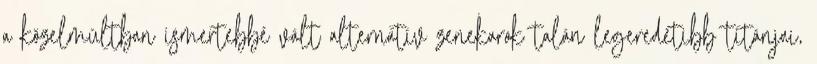
a közelmúltban ismertebbé vált alternatív zenekarok talán legeredetibb titánjai,